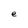
Character: e